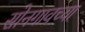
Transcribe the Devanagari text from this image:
सोनगावच्या